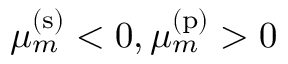
\mu _ { m } ^ { \mathrm { ( s ) } } < 0 , \mu _ { m } ^ { \mathrm { ( p ) } } > 0